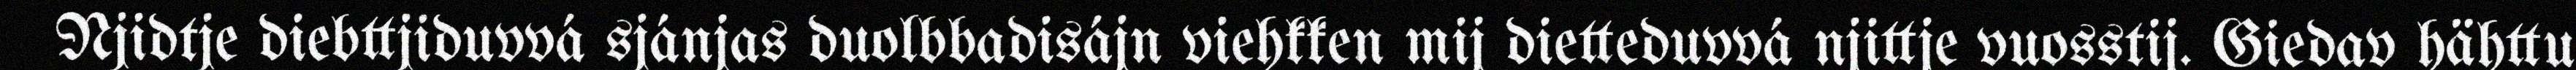
Njidtje diebttjiduvvá sjánjas duolbbadisájn viehkken mij dietteduvvá njittje vuosstij. Giedav hähttu